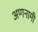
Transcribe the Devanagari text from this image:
अणनामी